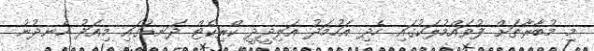
މި މުބާރާތަށް ފުވައްމުލަކުގައި ހެދި އަހުމަދު އަލިދީދީ ކްރިކެޓް ދަނޑުގައި މިއަދު ހެނދުނު